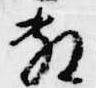
敷